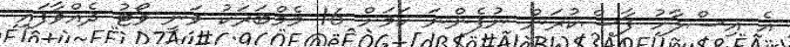
އެ އިސްލާހު ފާސްކުރަން ނުފެންނަ ކަމަށް 16 މެމްބަރަކު ވަނީ ވޯޓު ދެއްވާފައި